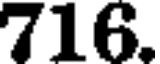
716.